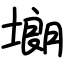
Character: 㙟